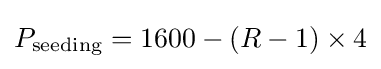
P_{\text{seeding}}=1600-(R-1)\times 4